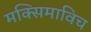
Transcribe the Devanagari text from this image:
मक्सिमाविच